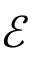
\mathcal { E }